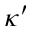
\kappa ^ { \prime }